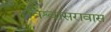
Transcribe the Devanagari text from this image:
विश्वासरावास